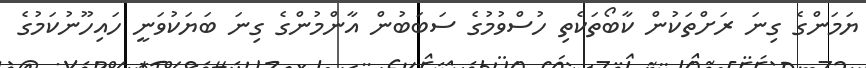
ޔަމަންގެ ގިނަ ރަށްތަކުން ކާބޯތަކެތި ހުސްވުމުގެ ސަބަބުން އާންމުންގެ ގިނަ ބަޔަކުވަނީ ހައިހޫނުކަމުގެ